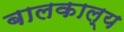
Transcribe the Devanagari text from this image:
बालकाल्य